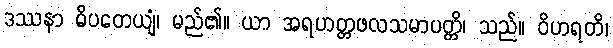
ဒဿနာ ဓိပတေယျံ၊ မည်၏။ ယာ အရဟတ္တဖလသမာပတ္တိ၊ သည်။ ဝိဟရတိ၊